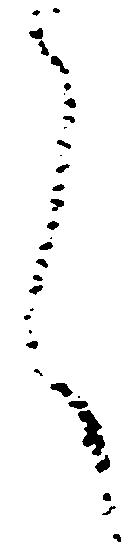
言